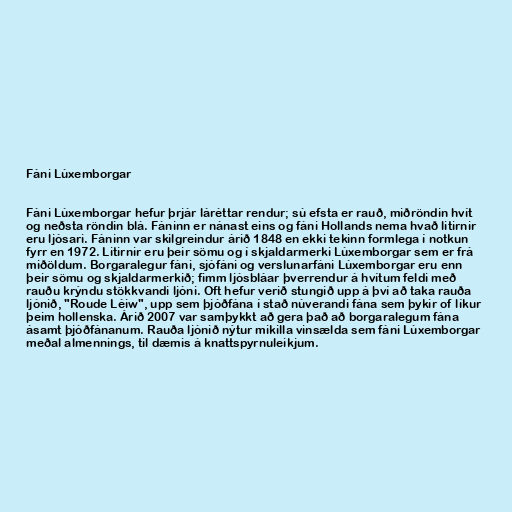
Fáni Lúxemborgar

Fáni Lúxemborgar hefur þrjár láréttar rendur; sú efsta er rauð, miðröndin hvít
og neðsta röndin blá. Fáninn er nánast eins og fáni Hollands nema hvað litirnir
eru ljósari. Fáninn var skilgreindur árið 1848 en ekki tekinn formlega í notkun
fyrr en 1972. Litirnir eru þeir sömu og í skjaldarmerki Lúxemborgar sem er frá
miðöldum. Borgaralegur fáni, sjófáni og verslunarfáni Lúxemborgar eru enn
þeir sömu og skjaldarmerkið; fimm ljósbláar þverrendur á hvítum feldi með
rauðu krýndu stökkvandi ljóni. Oft hefur verið stungið upp á því að taka rauða
ljónið, "Roude Léiw", upp sem þjóðfána í stað núverandi fána sem þykir of líkur
þeim hollenska. Árið 2007 var samþykkt að gera það að borgaralegum fána
ásamt þjóðfánanum. Rauða ljónið nýtur mikilla vinsælda sem fáni Lúxemborgar
meðal almennings, til dæmis á knattspyrnuleikjum.